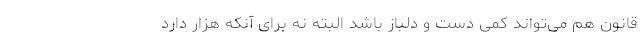
قانون هم می‌تواند کمی دست و دلباز باشد البته نه برای آنکه هزار دارد